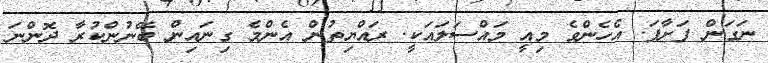
ނަގަން ފަށާފަ. އެހެންވެ މިއީ މައްސަލައަކީ. ރައްޔިތުން އެންމެ ގިނައިން ބޭނުންކުރާ ދޮންނަ